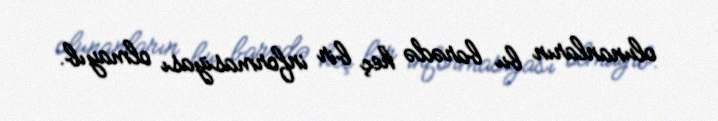
olunanların bu barədə heç bir informasiyası olmayıb.